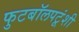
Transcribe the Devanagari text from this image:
फुटबॉलपटूंशी